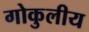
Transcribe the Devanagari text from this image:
गोकुलीय